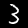
Label: 3